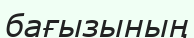
бағызының